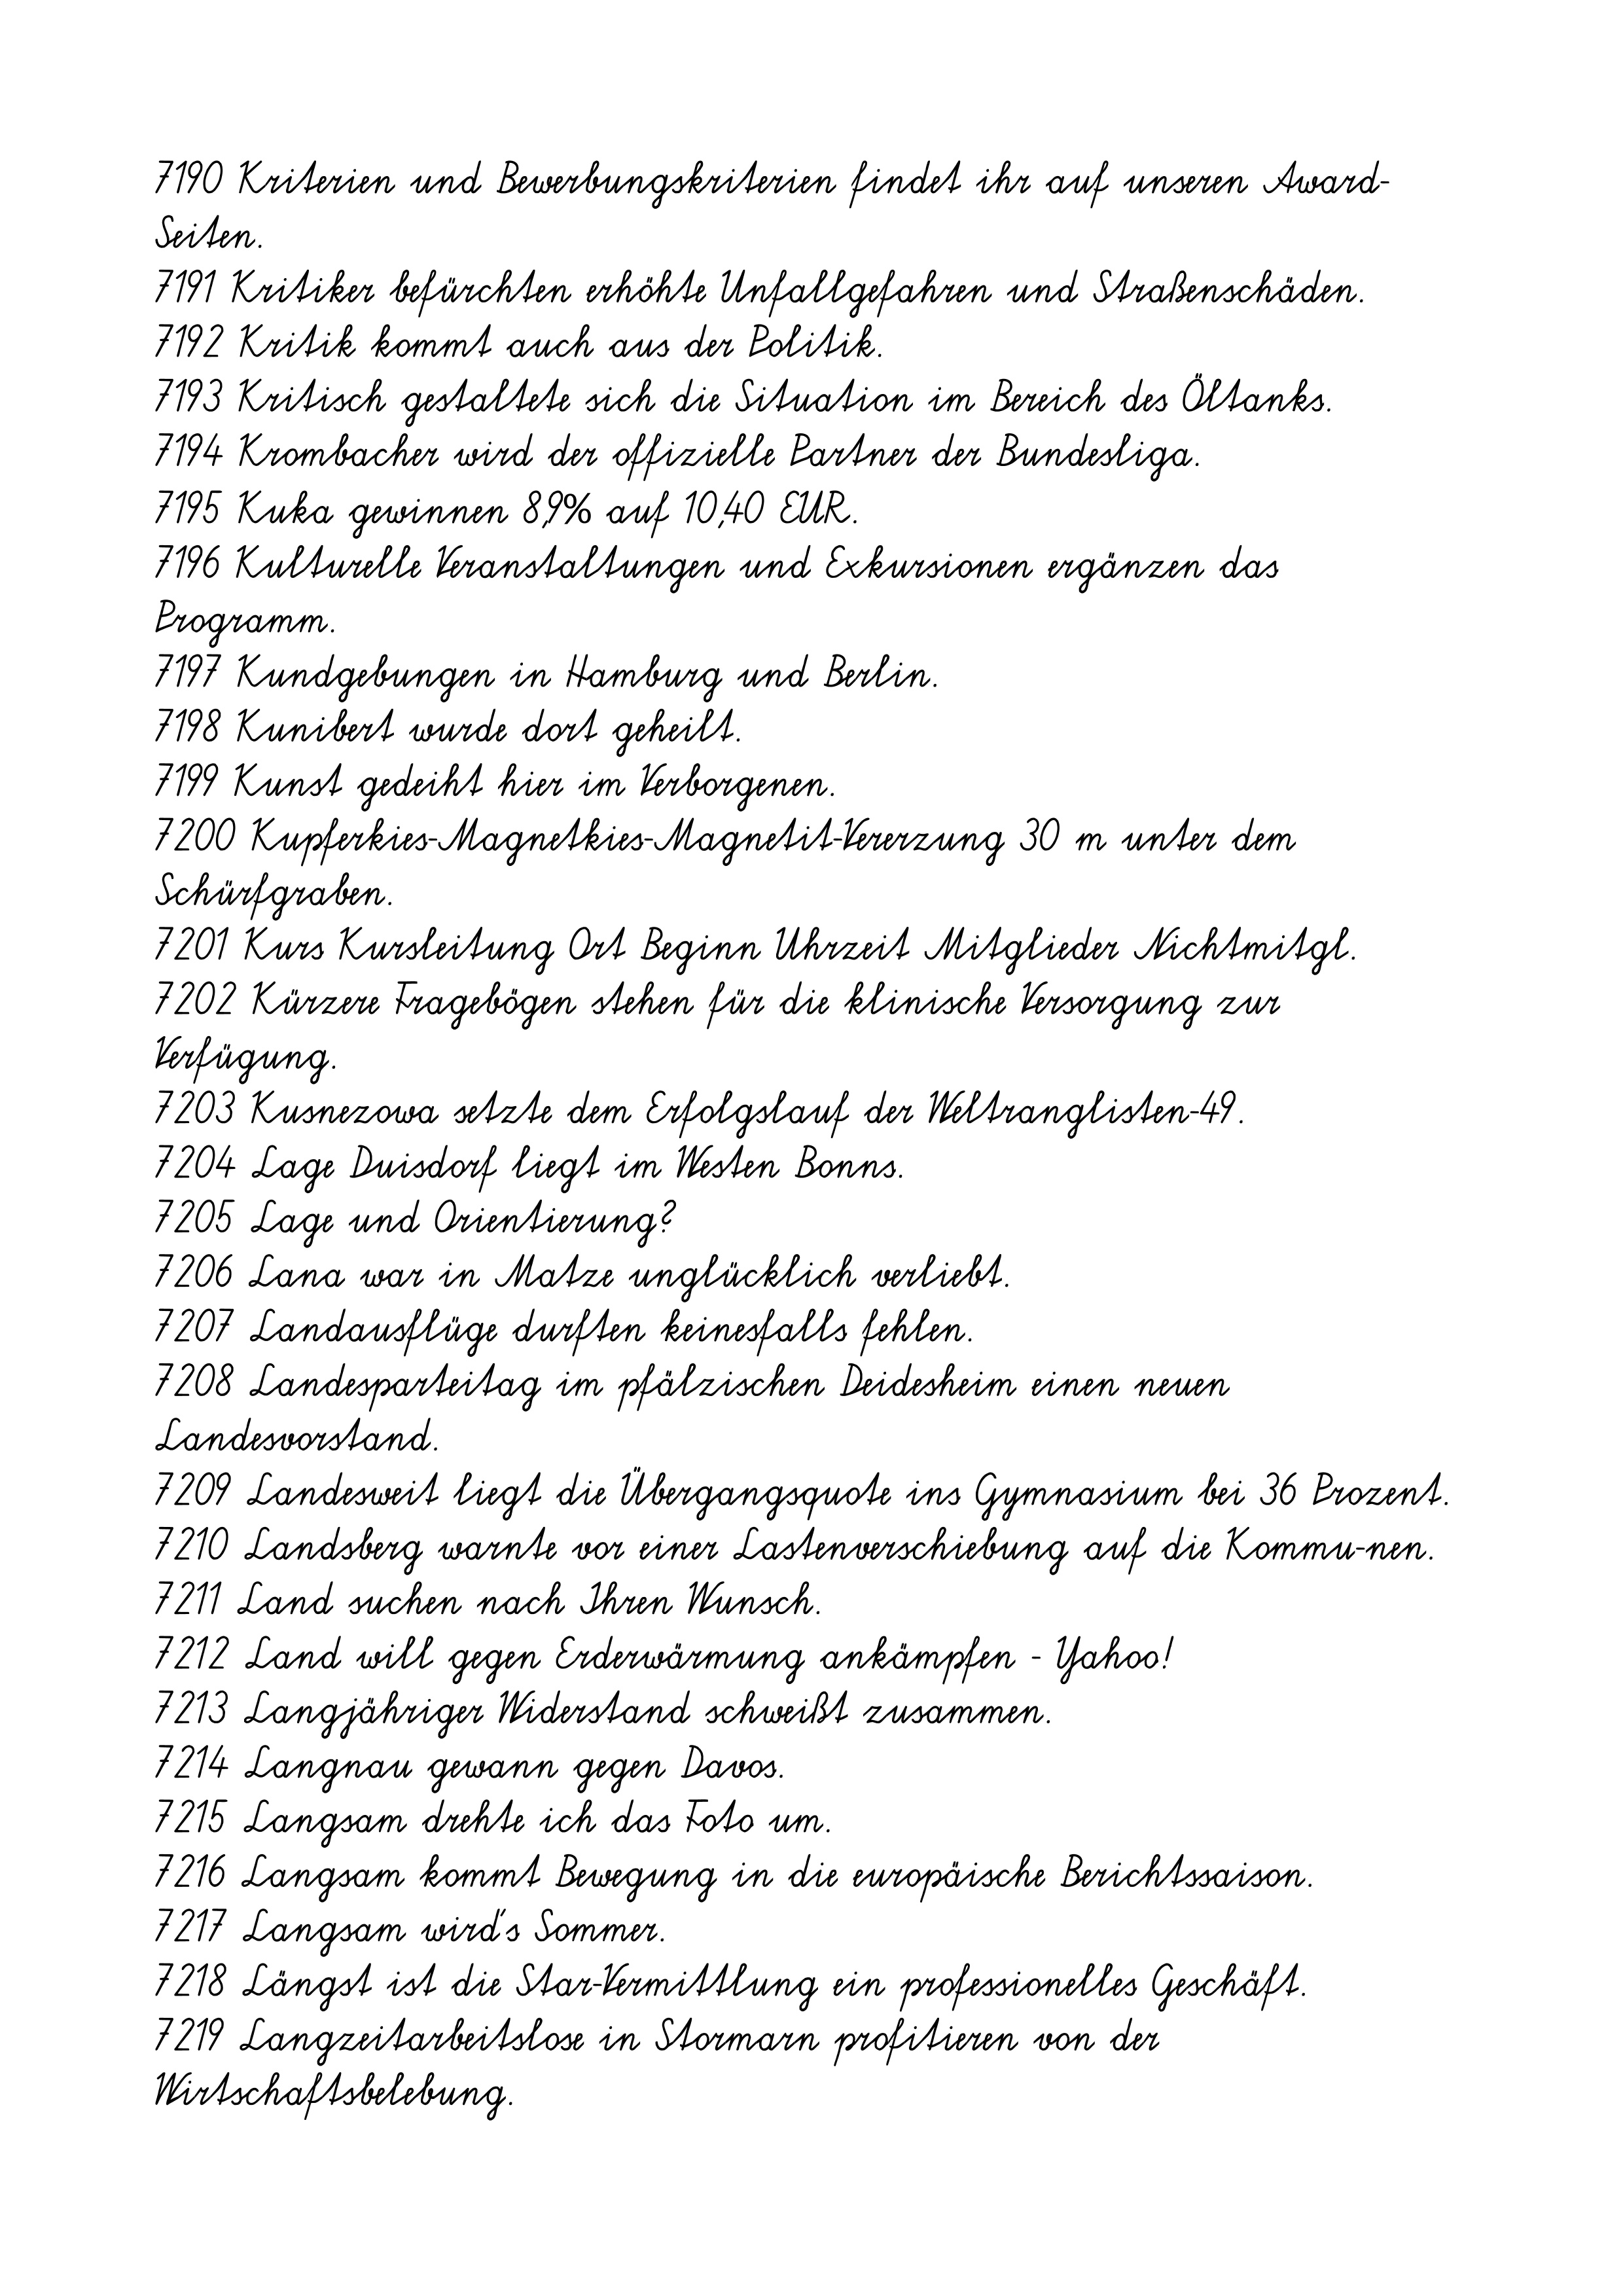
7190 Kriterien und Bewerbungskriterien findet ihr auf unseren Award-
Seiten.
7191 Kritiker befürchten erhöhte Unfallgefahren und Straßenschäden.
7192 Kritik kommt auch aus der Politik.
7193 Kritisch gestaltete sich die Situation im Bereich des Öltanks.
7194 Krombacher wird der offizielle Partner der Bundesliga.
7195 Kuka gewinnen 8,9% auf 10,40 EUR.
7196 Kulturelle Veranstaltungen und Exkursionen ergänzen das
Programm.
7197 Kundgebungen in Hamburg und Berlin.
7198 Kunibert wurde dort geheilt.
7199 Kunst gedeiht hier im Verborgenen.
7200 Kupferkies-Magnetkies-Magnetit-Vererzung 30 m unter dem
Schürfgraben.
7201 Kurs Kursleitung Ort Beginn Uhrzeit Mitglieder Nichtmitgl.
7202 Kürzere Fragebögen stehen für die klinische Versorgung zur
Verfügung.
7203 Kusnezowa setzte dem Erfolgslauf der Weltranglisten-49.
7204 Lage Duisdorf liegt im Westen Bonns.
7205 Lage und Orientierung?
7206 Lana war in Matze unglücklich verliebt.
7207 Landausflüge durften keinesfalls fehlen.
7208 Landesparteitag im pfälzischen Deidesheim einen neuen
Landesvorstand.
7209 Landesweit liegt die Übergangsquote ins Gymnasium bei 36 Prozent.
7210 Landsberg warnte vor einer Lastenverschiebung auf die Kommu-nen.
7211 Land suchen nach Ihren Wunsch.
7212 Land will gegen Erderwärmung ankämpfen - Yahoo!
7213 Langjähriger Widerstand schweißt zusammen.
7214 Langnau gewann gegen Davos.
7215 Langsam drehte ich das Foto um.
7216 Langsam kommt Bewegung in die europäische Berichtssaison.
7217 Langsam wird's Sommer.
7218 Längst ist die Star-Vermittlung ein professionelles Geschäft.
7219 Langzeitarbeitslose in Stormarn profitieren von der
Wirtschaftsbelebung.